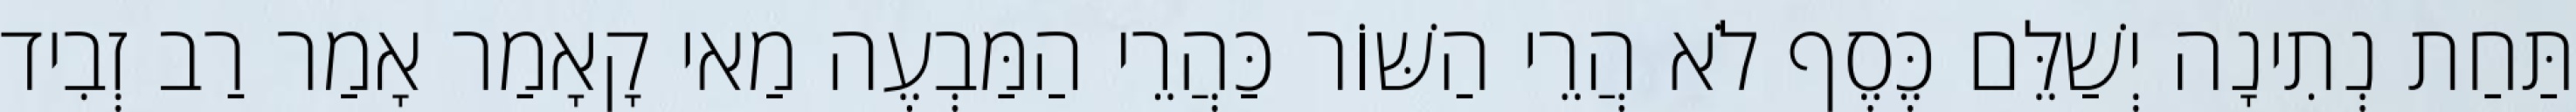
תַּחַת נְתִינָה יְשַׁלֵּם כֶּסֶף לֹא הֲרֵי הַשּׁוֹר כַּהֲרֵי הַמַּבְעֶה מַאי קָאָמַר אָמַר רַב זְבִיד